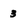
Character: 3